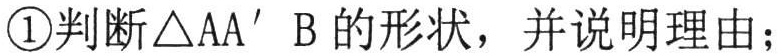
\textcircled{1}判断$\triangle AA^{\prime}B$的形状，并说明理由；